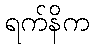
ရက်နိက